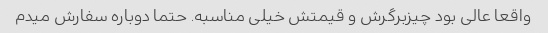
واقعا عالی بود چیزبرگرش و قیمتش خیلی مناسبه. حتما دوباره سفارش میدم